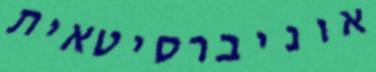
אוניברסיטאית